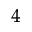
^ 4